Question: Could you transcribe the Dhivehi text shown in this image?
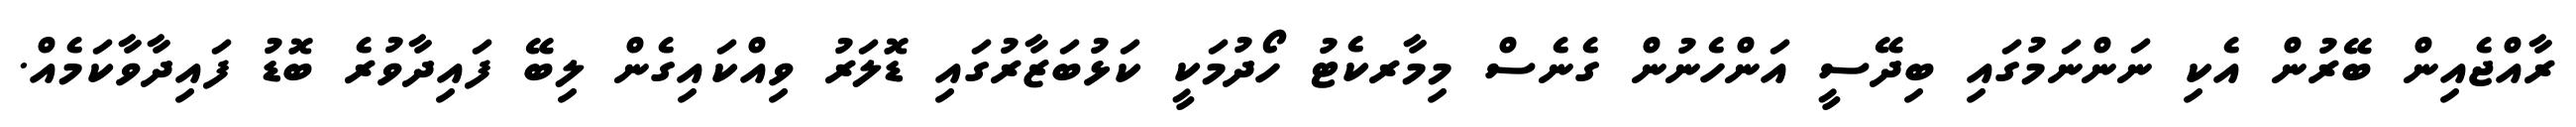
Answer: ރާއްޖެއިން ބޭރުން އެކި ނަންނަމުގައި ބިދޭސީ އަންހެނުން ގެނެސް މިމާރކެޓު ހޯދުމަކީ ކަޅުބަޒާރުގައި ޑޮލަރު ވިއްކައިގެން ލިބޭ ފައިދާވުރެ ބޮޑު ފައިދާވާކަމެއް.